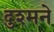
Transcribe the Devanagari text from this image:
दुश्मने